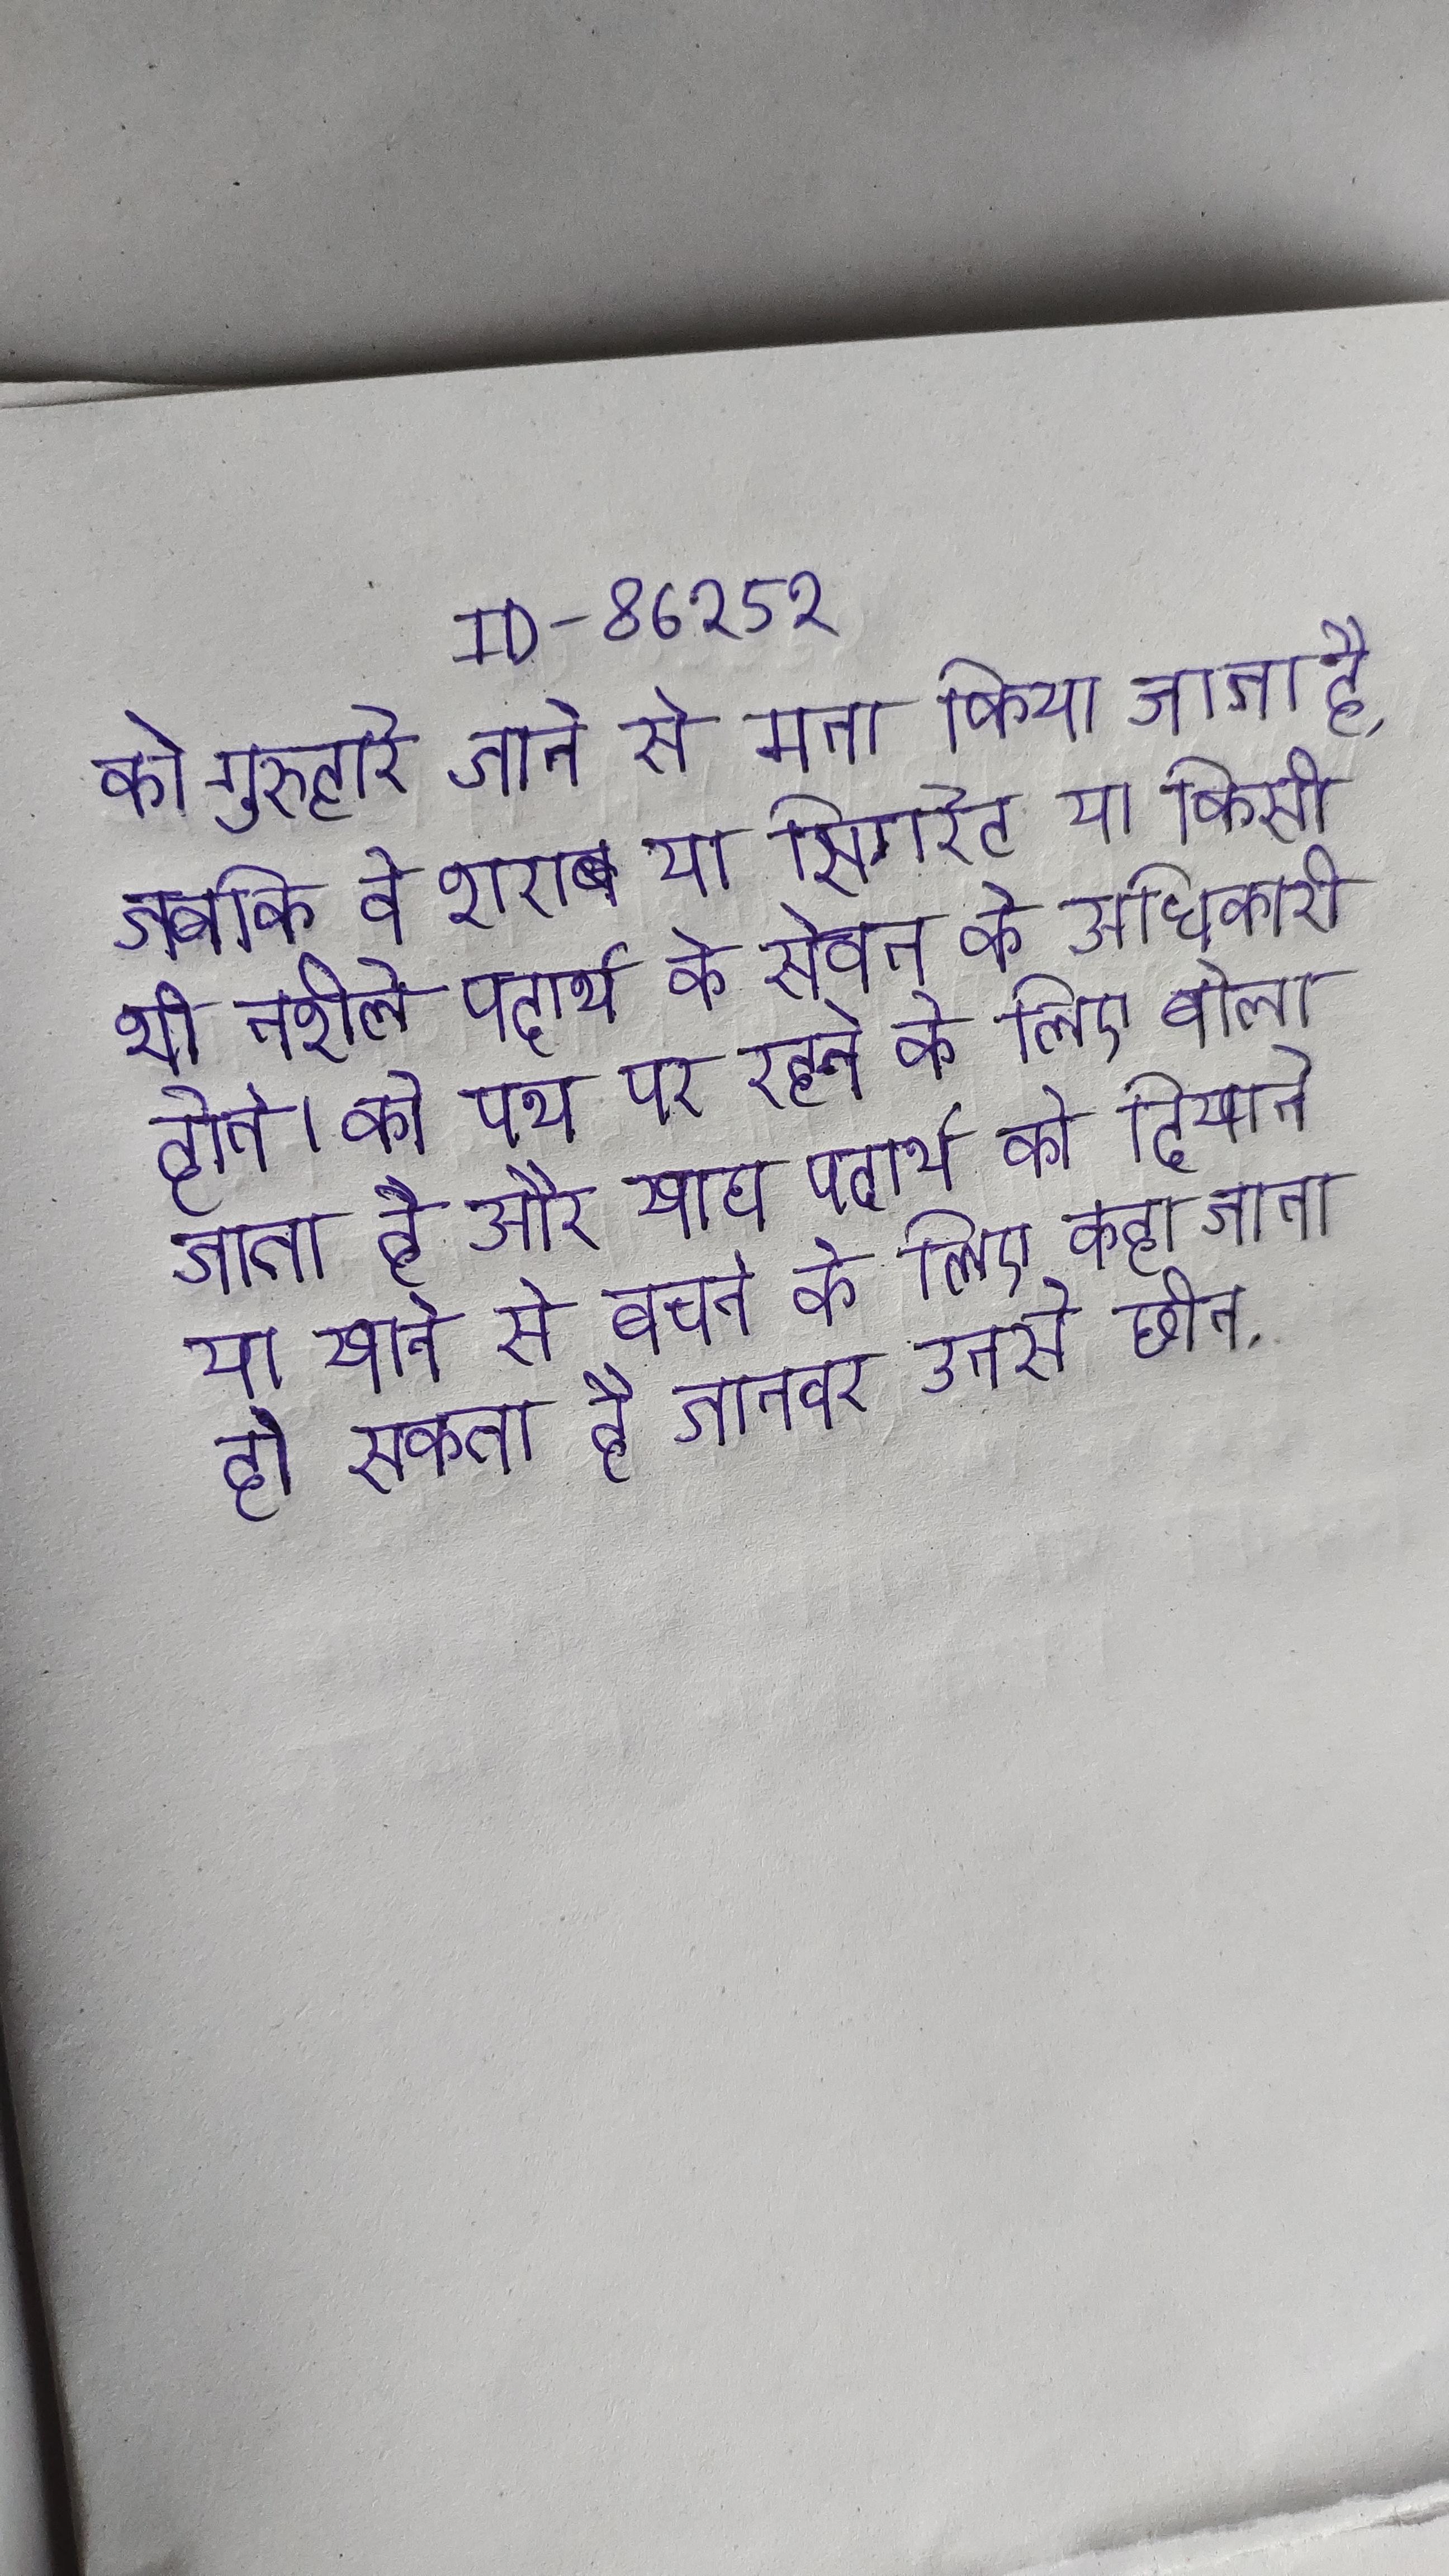
को गुरुद्वारे जाने से मना किया जाता है, जबकि वे शराब या सिगरेट या किसी भी नशीले पदार्थ के सेवन के अधिकारी होते । को पथ पर रहने के लिए बोला जाता है और खाद्य पदार्थ को दिखाने या खाने से बचने के लिए कहा जाता हो सकता है जानवर उनसे छीन .